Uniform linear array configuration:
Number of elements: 4
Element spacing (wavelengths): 0.5
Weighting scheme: exponential
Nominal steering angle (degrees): -30
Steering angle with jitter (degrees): -30.876
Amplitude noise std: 0.05
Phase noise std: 0.05

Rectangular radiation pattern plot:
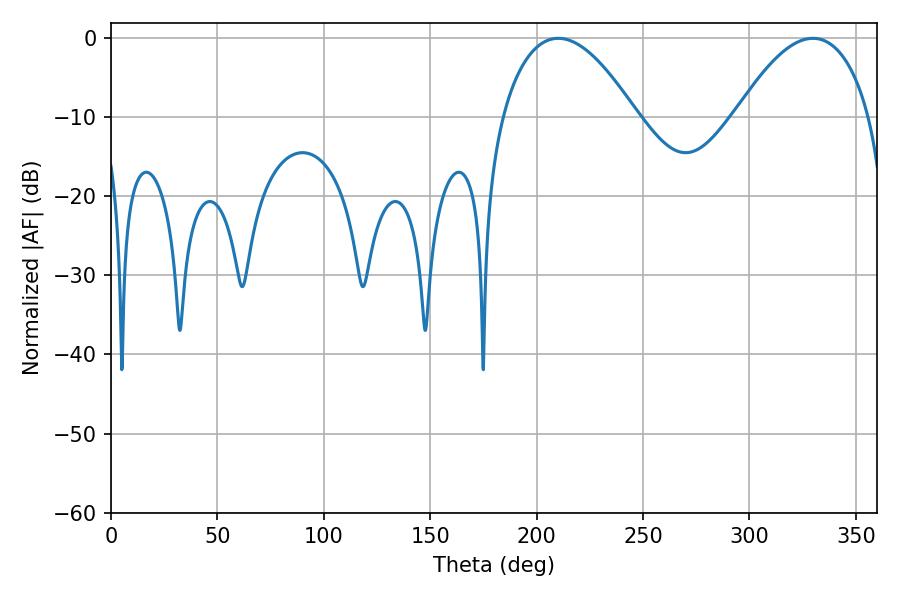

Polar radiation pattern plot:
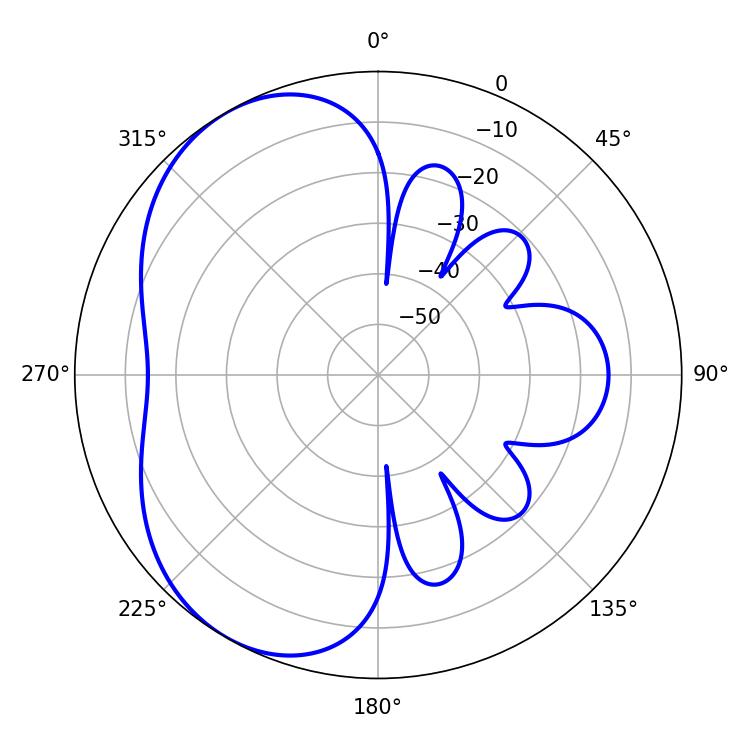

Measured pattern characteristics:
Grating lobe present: FALSE
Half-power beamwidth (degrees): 34.92
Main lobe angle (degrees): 210.24